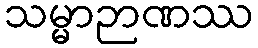
သမ္မာဉာဏဿ